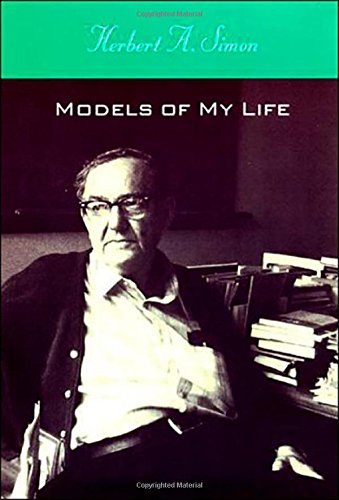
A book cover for Models of My Life; Herbert A. Simon; Computers & Technology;